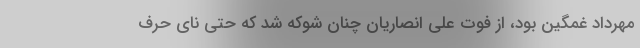
مهرداد غمگین بود، از فوت علی انصاریان چنان شوکه شد که حتی نای حرف